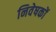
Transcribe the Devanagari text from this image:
निवेषकों